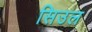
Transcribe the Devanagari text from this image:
सिउल